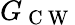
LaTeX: G_{\mathrm{~C~W~}}